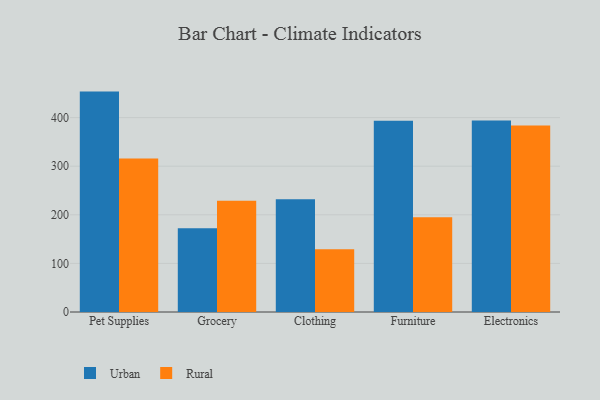
{"axis": {"x": "Category", "y": "Conversion Rate (%)"}, "legend": ["Rural", "Urban"], "data": [{"x": "Pet Supplies", "y": 453.5, "type": "Urban"}, {"x": "Pet Supplies", "y": 316.0, "type": "Rural"}, {"x": "Grocery", "y": 172.2, "type": "Urban"}, {"x": "Grocery", "y": 229.0, "type": "Rural"}, {"x": "Clothing", "y": 231.8, "type": "Urban"}, {"x": "Clothing", "y": 129.3, "type": "Rural"}, {"x": "Furniture", "y": 393.5, "type": "Urban"}, {"x": "Furniture", "y": 195.1, "type": "Rural"}, {"x": "Electronics", "y": 394.1, "type": "Urban"}, {"x": "Electronics", "y": 383.6, "type": "Rural"}]}